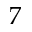
7